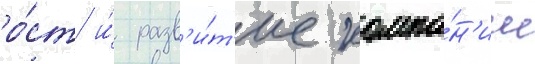
ро́ст и́ разв'и́т'ие компа́н'ии